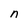
Character: n